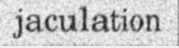
jaculation